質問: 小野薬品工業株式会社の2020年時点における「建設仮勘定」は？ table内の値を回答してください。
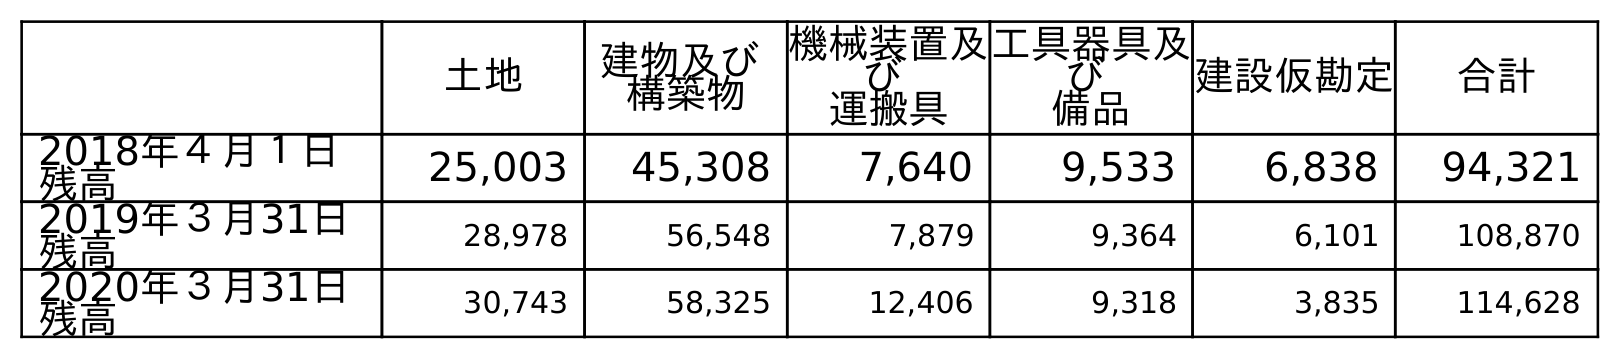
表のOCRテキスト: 土地 建物及び 構築物 機械装置及 び 運搬具 工具器具及 び 備品 建設仮勘定 合計 2018年４月１日 残高 25,003 45,308 7,640 9,533 6,838 94,321 2019年３月31日 残高 28,978 56,548 7,879 9,364 6,101 108,870 2020年３月31日 残高 30,743 58,325 12,406 9,318 3,835 114,628
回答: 3,835